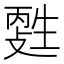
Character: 𤯳